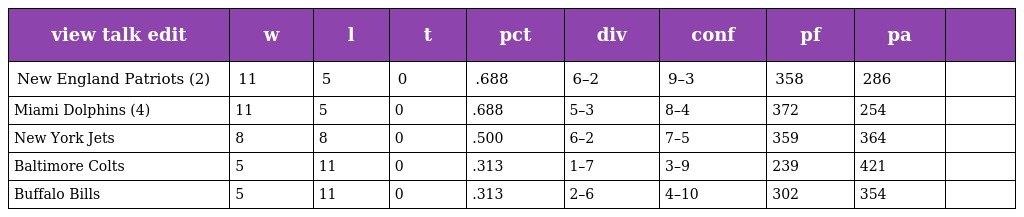
| view talk edit | w | l | t | pct | div | conf | pf | pa |  |
 | --- | --- | --- | --- | --- | --- | --- | --- | --- | --- |
 | New England Patriots (2) | 11 | 5 | 0 | .688 | 6–2 | 9–3 | 358 | 286 |  |
 | Miami Dolphins (4) | 11 | 5 | 0 | .688 | 5–3 | 8–4 | 372 | 254 |  |
 | New York Jets | 8 | 8 | 0 | .500 | 6–2 | 7–5 | 359 | 364 |  |
 | Baltimore Colts | 5 | 11 | 0 | .313 | 1–7 | 3–9 | 239 | 421 |  |
 | Buffalo Bills | 5 | 11 | 0 | .313 | 2–6 | 4–10 | 302 | 354 |  |